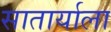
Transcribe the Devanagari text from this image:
सातार्याला